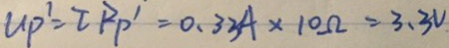
U _ { P } ^ { \prime } = I R _ { p } ^ { \prime } = 0 . 3 3 A \times 1 0 \Omega = 3 . 3 V